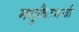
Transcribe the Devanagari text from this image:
मधुकैटभन्त्री